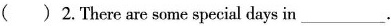
( )2.There are some special days in___.